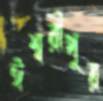
ঈশ্বরীপুর